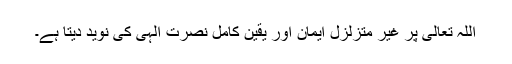
اللہ تعالیٰ پر غیر متزلزل ایمان اور یقین کامل نصرت الٰہی کی نوید دیتا ہے۔